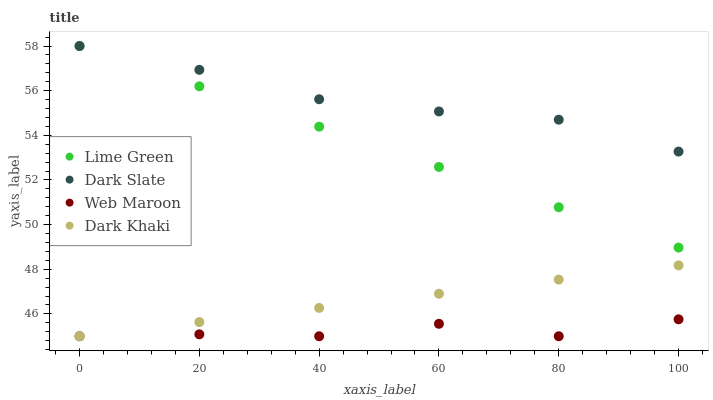
| xaxis_label | Lime Green | Dark Slate | Web Maroon | Dark Khaki |
 | --- | --- | --- | --- | --- |
 | 0 | 58 | 58 | 45 | 45 |
 | 20 | 56.2 | 56.9 | 45.1 | 45.6 |
 | 40 | 54.4 | 55.6 | 45 | 46.3 |
 | 60 | 52.6 | 55.1 | 45.6 | 46.9 |
 | 80 | 50.8 | 54.7 | 45 | 47.5 |
 | 100 | 49 | 53.3 | 45.8 | 48.2 |